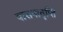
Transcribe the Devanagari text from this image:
वासनातृप्ति